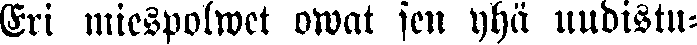
Eri miespolwet owat sen yhä uudistu-